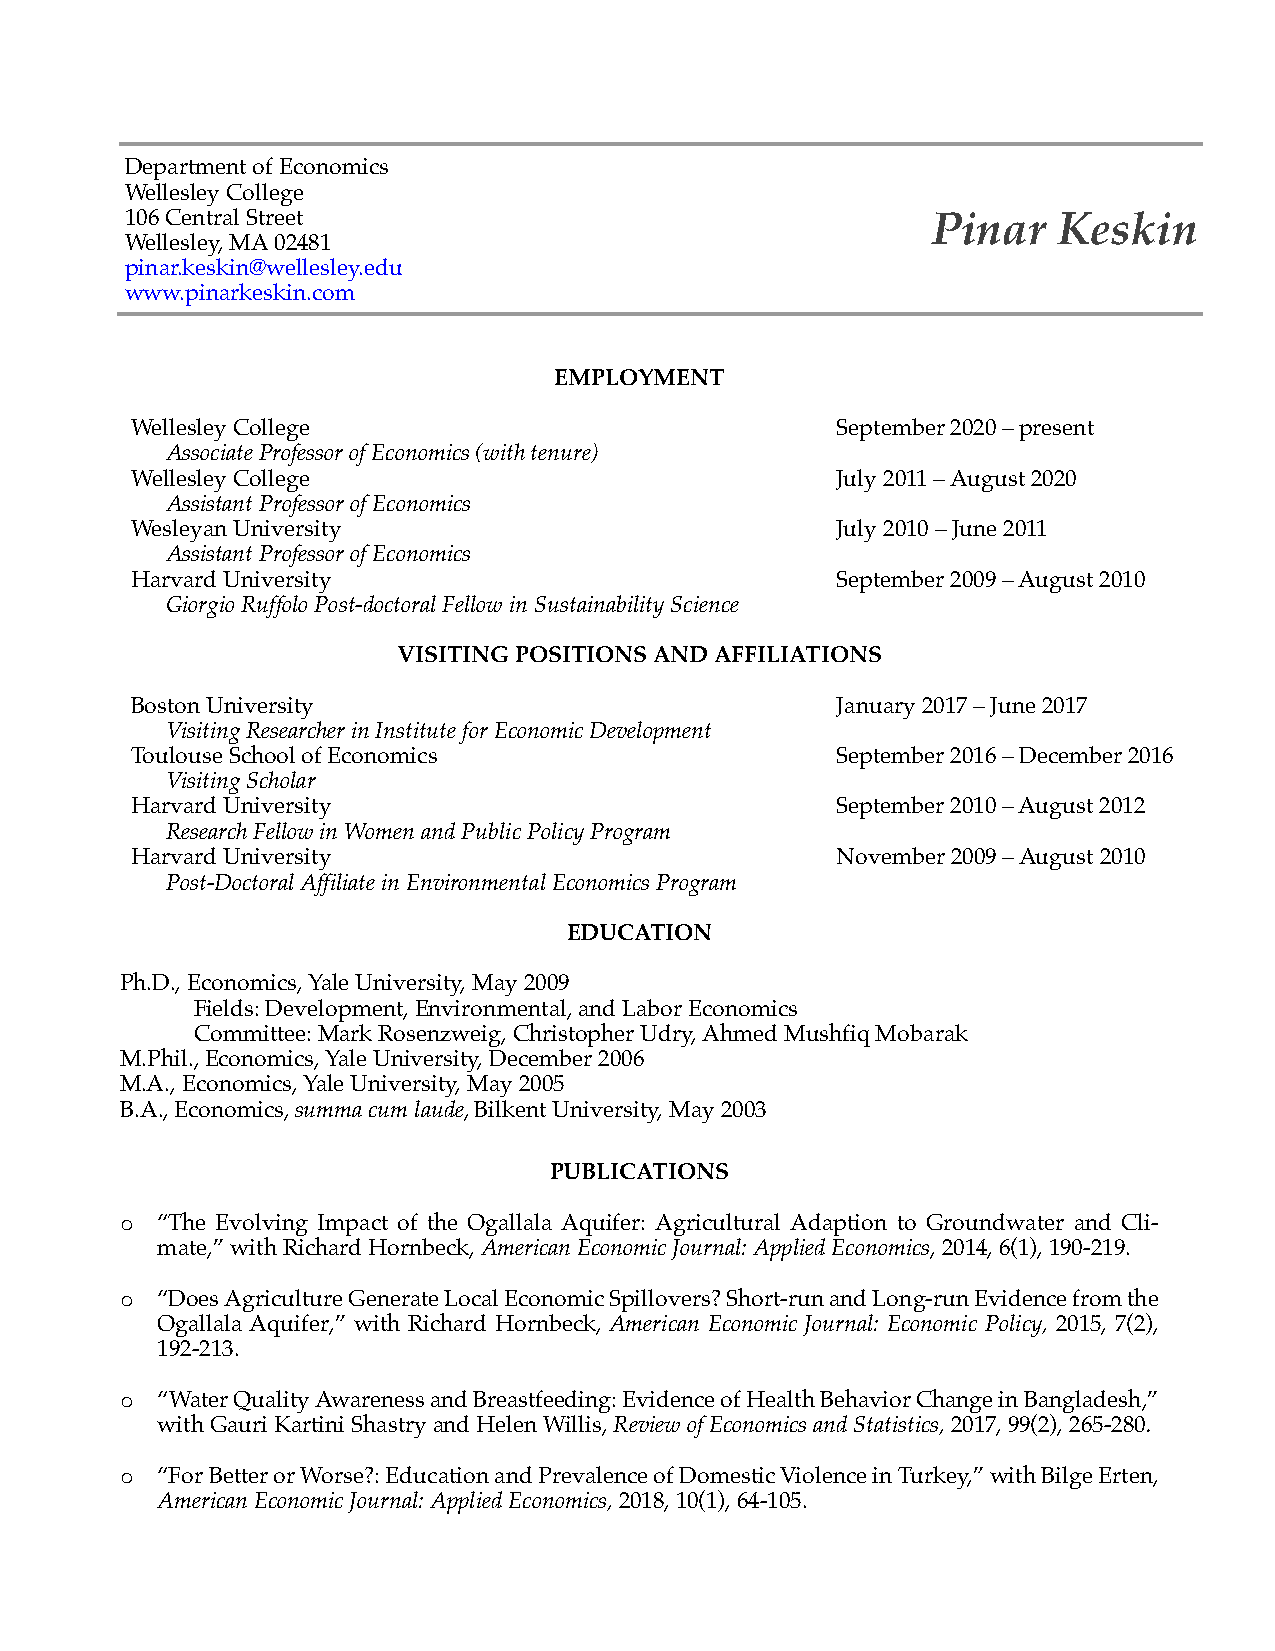
“De partment of Economics
 Wellesley College
 106 Central Street                                    Pinar   Keskin
 Wellesley, MA 02481
 pinar.keskin@wellesley.edu
 www.pinarkeskin.com
 EMPLOYMENT
 Wellesley College                             September 2020 – present
 Associate Professor of Economics (with tenure)
 Wellesley College                             July 2011 – August 2020
 Assistant Professor of Economics
 Wesleyan University                           July 2010 – June 2011
 Assistant Professor of Economics
 Harvard University                            September 2009 – August 2010
 Giorgio Ruffolo Post-doctoral Fellow in Sustainability Science
 VISITING POSITIONS AND AFFILIATIONS
 Boston University                             January 2017 – June 2017
 Visiting Researcher in Institute for Economic Development
 Toulouse School of Economics                  September 2016 – December 2016
 Visiting Scholar
 Harvard University                            September 2010 – August 2012
 Research Fellow in Women and Public Policy Program
 Harvard University                            November 2009 – August 2010
 Post-Doctoral Affiliate in Environmental Economics Program
 EDUCATION
 Ph.D., Economics, Yale University, May 2009
 Fields: Development, Environmental, and Labor Economics
 Committee: Mark Rosenzweig, Christopher Udry, Ahmed Mushfiq Mobarak
 M.Phil., Economics, Yale University, December 2006
 M.A., Economics, Yale University, May 2005
 B.A., Economics, summa cum laude, Bilkent University, May 2003
 PUBLICATIONS
 o “The Evolving Impact of the Ogallala Aquifer: Agricultural Adaption to Groundwater and Cli-
 mate,” with Richard Hornbeck, American Economic Journal: Applied Economics, 2014, 6(1), 190-219.
 o “Does Agriculture Generate Local Economic Spillovers? Short-run and Long-run Evidence from the
 Ogallala Aquifer,” with Richard Hornbeck, American Economic Journal: Economic Policy, 2015, 7(2),
 192-213.
 o “Water Quality Awareness and Breastfeeding: Evidence of Health Behavior Change in Bangladesh,”
 with Gauri Kartini Shastry and Helen Willis, Review of Economics and Statistics, 2017, 99(2), 265-280.
 o “For Better or Worse?: Education and Prevalence of Domestic Violence in Turkey,” with Bilge Erten,
 American Economic Journal: Applied Economics, 2018, 10(1), 64-105.